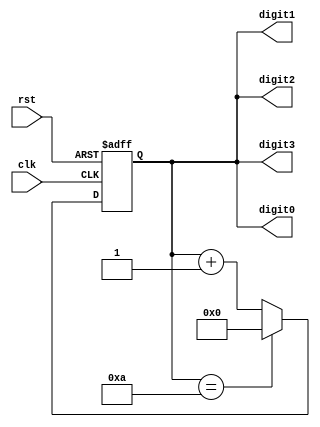
module bcd_counter (
    input wire clk,
    input wire rst,
    output reg [3:0] digit3,
    output reg [3:0] digit2,
    output reg [3:0] digit1,
    output reg [3:0] digit0
);

reg [3:0] count;

always @(posedge clk or posedge rst) begin
    if (rst) begin
        count <= 4'b0;
    end else begin
        count <= count + 4'b1;
        if (count == 4'b1010) begin
            count <= 4'b0;
        end
    end
end

assign digit0 = count[3:0];
assign digit1 = count[3:0];
assign digit2 = count[3:0];
assign digit3 = count[3:0];

endmodule